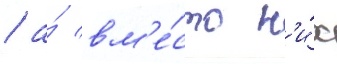
/ а́ вм'е́сто н'и́х